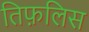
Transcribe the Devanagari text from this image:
तिफ़लिस